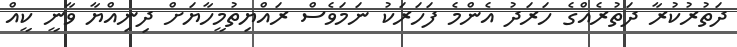
ދަތުރުކުރާ ދަތުރެއްގެ ހަރަދު އެންމެ ފަހަރަކު ނަމަވެސް ރައްޔިތުމީހާޔަށް ދިނިއްޔާ ވާނީ ކީއް